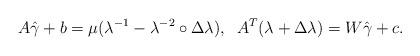
LaTeX: \begin{align*}A \hat \gamma + b = \mu (\lambda^{-1} - \lambda^{-2} \circ \Delta \lambda), \;\; A^T (\lambda + \Delta \lambda) = W\hat \gamma + c.\end{align*}